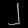
Digit: ၂